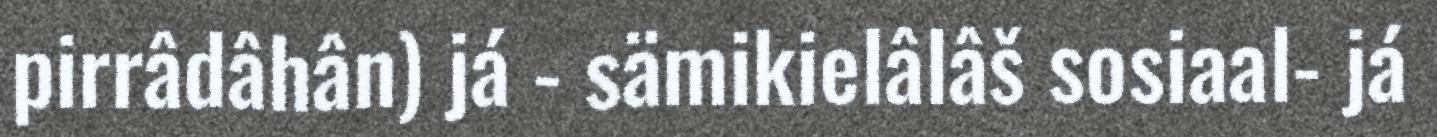
pirrâdâhân) já - sämikielâlâš sosiaal- já